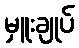
မှူးချုပ်